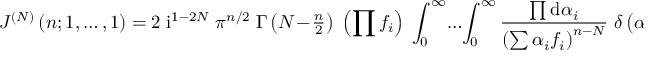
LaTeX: J ^ { ( N ) } \left( n ; 1 , \ldots , 1 \right) = 2 \; \mathrm { i } ^ { 1 - 2 N } \; \pi ^ { n / 2 } \; \Gamma \left( N \! - \! { \textstyle { \frac { n } { 2 } } } \right) \; \left( \prod f _ { i } \right) \; \int _ { 0 } ^ { \infty } \! \ldots \! \int _ { 0 } ^ { \infty } \frac { \prod \mathrm { d } \alpha _ { i } } { \left( \sum \alpha _ { i } f _ { i } \right) ^ { n - N } } \; \delta \left( \alpha ^ { T } \| C \| \alpha - 1 \right) .